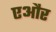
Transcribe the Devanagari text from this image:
एऔर